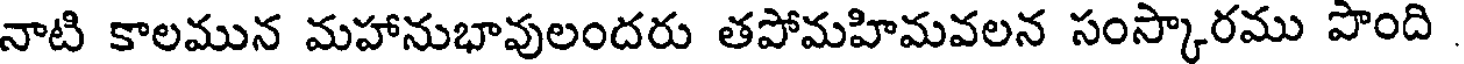
నాటి కాలమున మహానుభావులందరు తపోమహిమవలన సంస్కారము పొంది